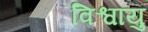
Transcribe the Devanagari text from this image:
विश्वायु